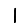
Digit: 1